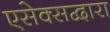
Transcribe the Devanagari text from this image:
एसेक्सद्वारा